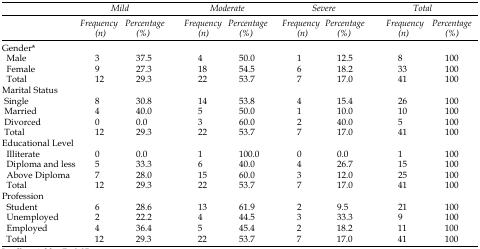
<table><thead><tr><td></td><td colspan="2"><b><i>Mild</i></b></td><td colspan="2"><b><i>Moderate</i></b></td><td colspan="2"><b><i>Severe</i></b></td><td colspan="2"><b><i>Total</i></b></td></tr><tr><td></td><td><b><i>Frequency (n)</i></b></td><td><b><i>Percentage (%)</i></b></td><td><b><i>Frequency (n)</i></b></td><td><b><i>Percentage (%)</i></b></td><td><b><i>Frequency (n)</i></b></td><td><b><i>Percentage (%)</i></b></td><td><b><i>Frequency (n)</i></b></td><td><b><i>Percentage (%)</i></b></td></tr></thead><tbody><tr><td colspan="9">Gender*</td></tr><tr><td>Male</td><td>3</td><td>37.5</td><td>4</td><td>50.0</td><td>1</td><td>12.5</td><td>8</td><td>100</td></tr><tr><td>Female</td><td>9</td><td>27.3</td><td>18</td><td>54.5</td><td>6</td><td>18.2</td><td>33</td><td>100</td></tr><tr><td>Total</td><td>12</td><td>29.3</td><td>22</td><td>53.7</td><td>7</td><td>17.0</td><td>41</td><td>100</td></tr><tr><td colspan="9">Marital Status</td></tr><tr><td>Single</td><td>8</td><td>30.8</td><td>14</td><td>53.8</td><td>4</td><td>15.4</td><td>26</td><td>100</td></tr><tr><td>Married</td><td>4</td><td>40.0</td><td>5</td><td>50.0</td><td>1</td><td>10.0</td><td>10</td><td>100</td></tr><tr><td>Divorced</td><td>0</td><td>0.0</td><td>3</td><td>60.0</td><td>2</td><td>40.0</td><td>5</td><td>100</td></tr><tr><td>Total</td><td>12</td><td>29.3</td><td>22</td><td>53.7</td><td>7</td><td>17.0</td><td>41</td><td>100</td></tr><tr><td colspan="9">Educational Level</td></tr><tr><td>Illiterate</td><td>0</td><td>0.0</td><td>1</td><td>100.0</td><td>0</td><td>0.0</td><td>1</td><td>100</td></tr><tr><td>Diploma and less</td><td>5</td><td>33.3</td><td>6</td><td>40.0</td><td>4</td><td>26.7</td><td>15</td><td>100</td></tr><tr><td>Above Diploma</td><td>7</td><td>28.0</td><td>15</td><td>60.0</td><td>3</td><td>12.0</td><td>25</td><td>100</td></tr><tr><td>Total</td><td>12</td><td>29.3</td><td>22</td><td>53.7</td><td>7</td><td>17.0</td><td>41</td><td>100</td></tr><tr><td colspan="9">Profession</td></tr><tr><td>Student</td><td>6</td><td>28.6</td><td>13</td><td>61.9</td><td>2</td><td>9.5</td><td>21</td><td>100</td></tr><tr><td>Unemployed</td><td>2</td><td>22.2</td><td>4</td><td>44.5</td><td>3</td><td>33.3</td><td>9</td><td>100</td></tr><tr><td>Employed</td><td>4</td><td>36.4</td><td>5</td><td>45.4</td><td>2</td><td>18.2</td><td>11</td><td>100</td></tr><tr><td>Total</td><td>12</td><td>29.3</td><td>22</td><td>53.7</td><td>7</td><td>17.0</td><td>41</td><td>100</td></tr></tbody></table>